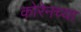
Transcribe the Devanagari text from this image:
कोरेनच्या